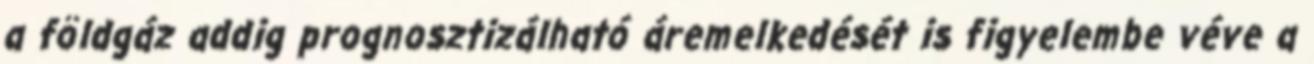
a földgáz addig prognosztizálható áremelkedését is figyelembe véve a